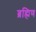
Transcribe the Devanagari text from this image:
ब्रह्मिण